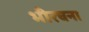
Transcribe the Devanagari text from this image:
भीरचना